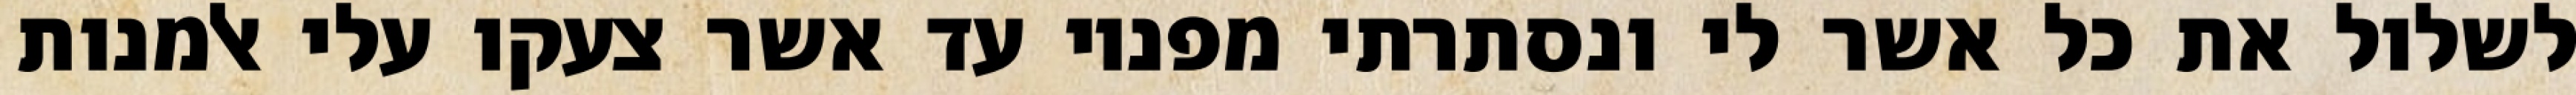
לשלול את כל אשר לי ונסתרתי מפניו עד אשר צעקו עלי אלמנות